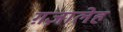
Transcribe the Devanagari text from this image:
ग़ज़ालेह